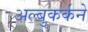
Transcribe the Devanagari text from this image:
अल्बुकर्कने